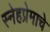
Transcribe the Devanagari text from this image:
स्नेहप्रेमाचे